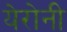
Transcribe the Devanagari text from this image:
येरोनी